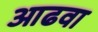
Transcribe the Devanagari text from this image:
आढवा